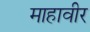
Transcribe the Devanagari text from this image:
माहावीर